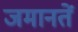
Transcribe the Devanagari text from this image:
जमानतें